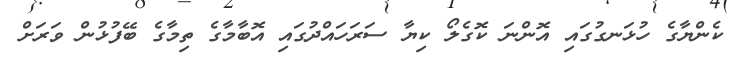
ކެންޔާގެ ހުޅަނގުގައި އޮންނަ ކޮގެލޯ ކިޔާ ސަރަހައްދުގައި އޮބާމާގެ ތިމާގެ ބޭފުޅުން ވަރަށް